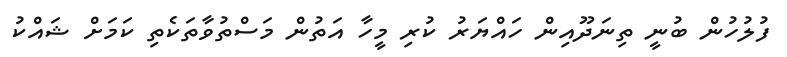
ފުލުހުން ބުނީ ތިނަދޫއިން ހައްޔަރު ކުރި މީހާ އަތުން މަސްތުވާތަކެތި ކަމަށް ޝައްކު